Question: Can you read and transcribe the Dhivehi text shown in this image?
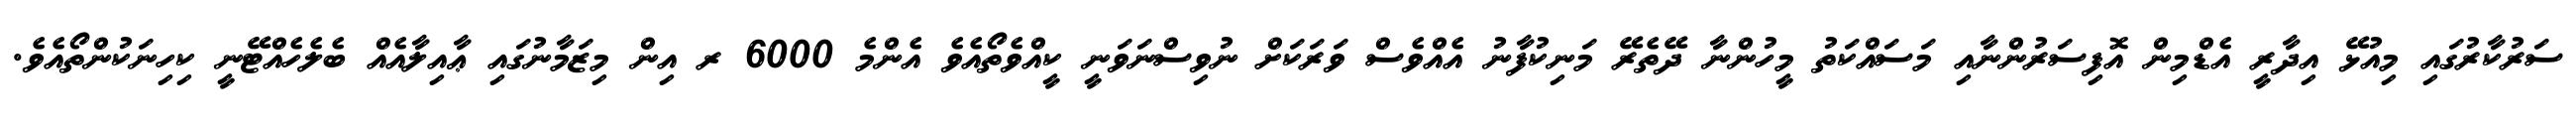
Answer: ސަރުކާރުގައި މިއުޅޭ އިދާރީ އެޑްމިން އޮފިސަރުންނާއި މަސައްކަތު މީހުންނާ ދޭތެރޭ މަނިކުފާނު އެއްވެސް ވަރަކަށް ނުވިސްނަވަނީ ކީއްވެތޯއެވެ އެންމެ 6000 ރ އިން މިޒަމާނުގައި ޢާއިލާއެއް ބެލެހެއްޓޭނީ ކިހިނަކުންތޯއެވެ.